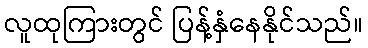
လူထုကြားတွင် ပြန့်နှံနေနိုင်သည်။